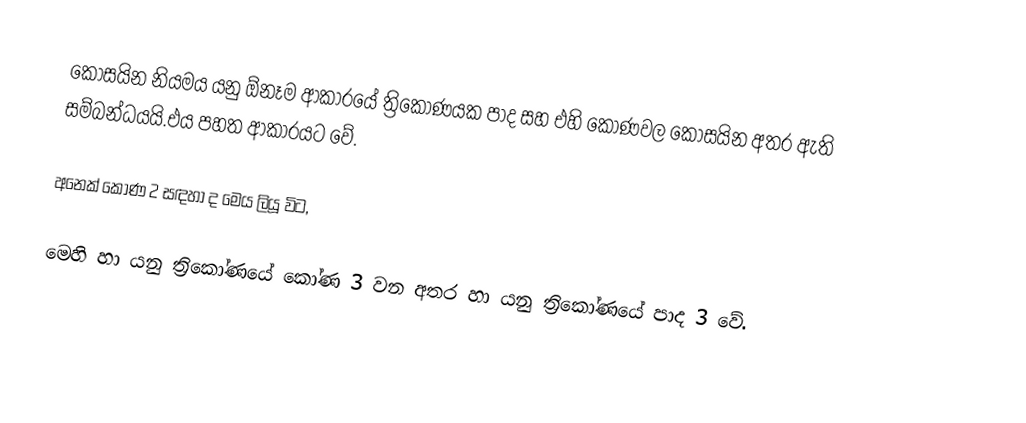
කොසයින නියමය යනු ඕනෑම ආකාරයේ ත්‍රිකෝණයක පාද සහ එහි කෝණවල කොසයින අතර ඇති සම්බන්ධයයි.එය පහත ආකාරයට වේ.

අනෙක් කෝණ 2 සඳහා ද මෙය ලියූ විට,

මෙහි  හා  යනු ත්‍රිකෝණයේ කෝණ 3 වන අතර  හා  යනු ත්‍රිකෝණයේ පාද 3 වේ.